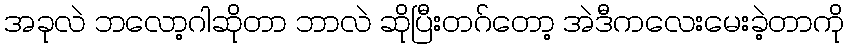
အခုလဲ ဘလော့ဂါဆိုတာ ဘာလဲ ဆိုပြီးတဂ်တော့ အဲဒီကလေးမေးခဲ့တာကို